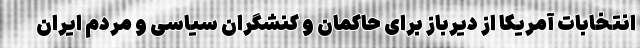
انتخابات آمریکا از دیرباز برای حاکمان و کنشگران سیاسی و مردم ایران